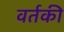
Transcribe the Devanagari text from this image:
वर्तकी